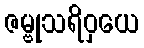
ဇမ္ဗုသရိဝှယေ